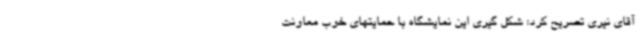
آقای نیری تصریح کرد: شکل گیری این نمایشگاه با حمایتهای خوب معاونت